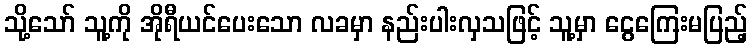
သို့သော် သူ့ကို အိုရီယင်ပေးသော လခမှာ နည်းပါးလှသဖြင့် သူ့မှာ ငွေကြေးမပြည့်